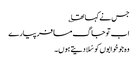
جس نے کہا تھا ؎
اب تو جاگ مسافر پیارے
وہ جو خوابوں کو سُلادیتے ہوں۔